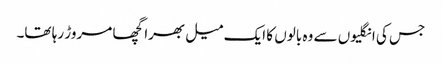
جس کی انگلیوں سے وہ بالوں کا ایک میل بھرا گچھا مروڑ رہا تھا۔